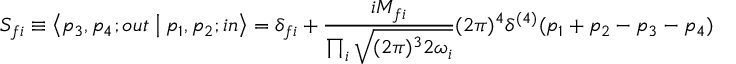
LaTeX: S _ { f i } \equiv \left\langle { { p _ { 3 } , p _ { 4 } ; o u t } } \mathrel { \left| { \vphantom { { o u t \, p _ { 3 } , p _ { 4 } } { p _ { 1 } , p _ { 2 } \, i n } } } \right. \kern - \nulldelimiterspace } { { p _ { 1 } , p _ { 2 } ; i n } } \right\rangle = \delta _ { f i } + { \frac { i { \cal M } _ { f i } } { \prod _ { i } { \sqrt { ( 2 \pi ) ^ { 3 } 2 \omega _ { i } } } } } ( 2 \pi ) ^ { 4 } \delta ^ { ( 4 ) } ( p _ { 1 } + p _ { 2 } - p _ { 3 } - p _ { 4 } )